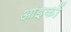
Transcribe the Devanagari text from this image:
आइकों